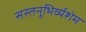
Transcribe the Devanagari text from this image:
सस्तनूभिर्व्यशेम